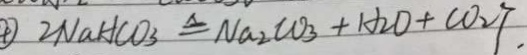
2 N a H C O _ { 3 } \Delta q N a _ { 2 } C O _ { 3 } + H _ { 2 } O + C O _ { 2 } \uparrow .